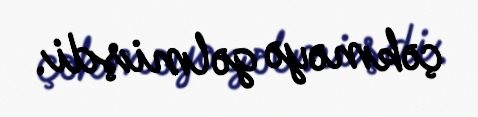
çəkməyə gəlmişdi.